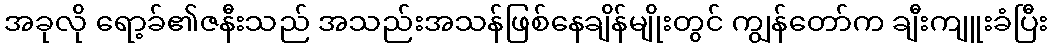
အခုလို ရော့ခ်၏ဇနီးသည် အသည်းအသန်ဖြစ်နေချိန်မျိုးတွင် ကျွန်တော်က ချီးကျူးခံပြီး